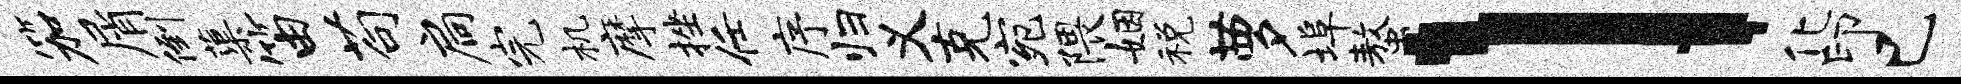
笳屑倒蕖笛苟扃完机摩挫任序归义克宛隈姻税萝埠螯l化印已